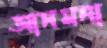
আনমনা